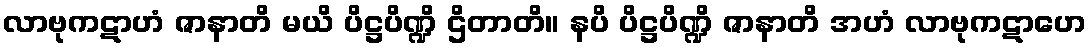
လာဗုကဋာဟံ ဇာနာတိ မယိ ပိဋ္ဌပိဏ္ဍိ ဌိတာတိ။ နပိ ပိဋ္ဌပိဏ္ဍိ ဇာနာတိ အဟံ လာဗုကဋာဟေ